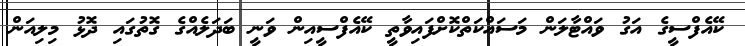
ކޭއެފްސީގެ އަގު ވައްޓާލަން މަސައްކަތްކޮށްފައިވާތީ ކޭއެފްސީއިން ވަނީ ބަދަލެއްގެ ގޮތުގައި ދޮޅު މިލިއަން